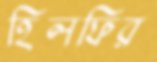
হিলফির